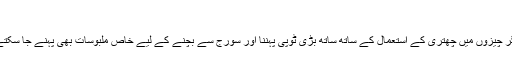
‘‘
ان دیگر چیزوں میں چھتری کے استعمال کے ساتھ ساتھ بڑی ٹوپی پہننا اور سورج سے بچنے کے لیے خاص ملبوسات بھی پہنے جا سکتے ہیں۔